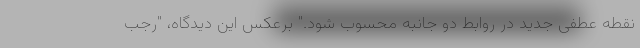
نقطه عطفی جدید در روابط دو جانبه محسوب شود." برعکس این دیدگاه، "رجب